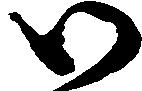
御